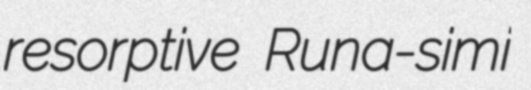
resorptive Runa-simi